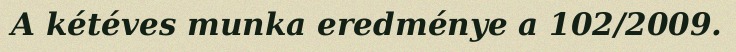
A kétéves munka eredménye a 102/2009.